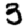
Digit: 3